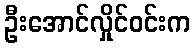
ဦးအောင်လှိုင်ဝင်းက